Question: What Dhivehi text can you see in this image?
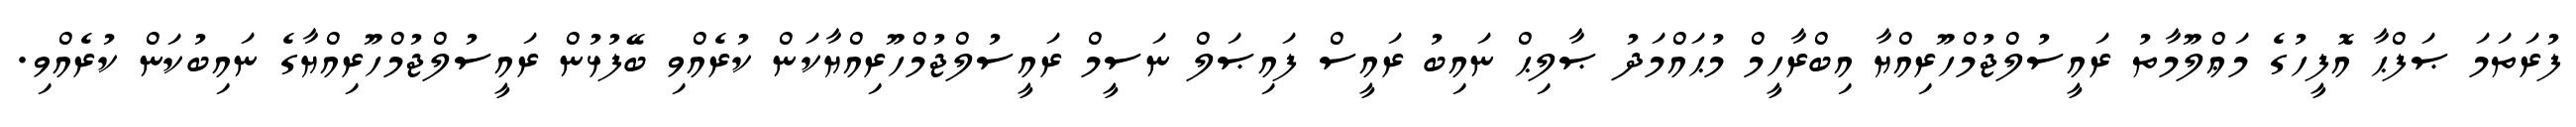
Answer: ފުރަތަމަ ޞަފްޙާ އޮފީހުގެ މަޢްލޫމާތު ރައީސުލްޖުމްހޫރިއްޔާ އިބްރާހީމް މުޙައްމަދު ޞާލިޙް ނައިބު ރައީސް ފައިޞަލް ނަސީމް ރައީސުލްޖުމްހޫރިއްޔާކަން ކުރެއްވި ބޭފުޅުން ރައީސުލްޖުމްހޫރިއްޔާގެ ނައިބުކަން ކުރެއްވި.